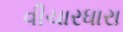
વીચારધારા